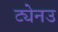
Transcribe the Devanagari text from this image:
ट्येनउ